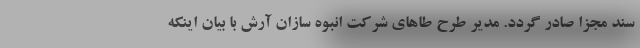
سند مجزا صادر گردد. مدیر طرح طاهای شرکت انبوه سازان آرش با بیان اینکه